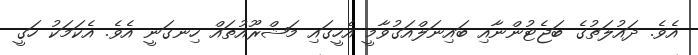
އެވެ. ދައުލަތުގެ ބަޖެޓުންނާއި ބައިނަލްއަގުވާމީ އެހީގައި މަޝްރޫއުތައް ހިނގަނީ އެވެ. އެކަމަކު ހަގީ